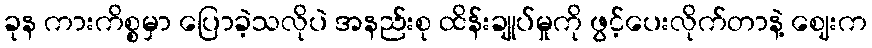
ခုန ကားကိစ္စမှာ ပြောခဲ့သလိုပဲ အနည်းစု ထိန်းချုပ်မှုကို ဖွင့်ပေးလိုက်တာနဲ့ ဈေးက